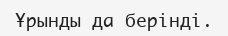
Ұрынды да берінді.